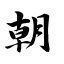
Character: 朝